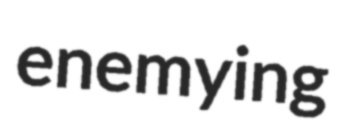
enemying